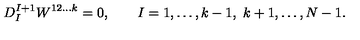
D _ { I } ^ { I + 1 } W ^ { 1 2 \ldots k } = 0 , \qquad I = 1 , \ldots , k - 1 , \ k + 1 , \ldots , N - 1 .